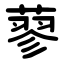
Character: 蓼